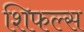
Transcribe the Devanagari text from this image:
शिफल्स